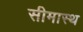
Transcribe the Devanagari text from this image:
सीमास्थ